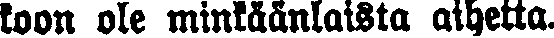
koon ole minkäänlaista aihetta.